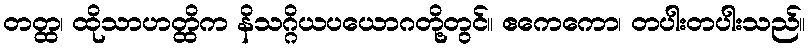
တတ္ထ၊ ထိုသာဟတ္ထိက နိသဂ္ဂိယပယောဂတို့တွင်။ ဧကေကော၊ တပါးတပါးသည်။